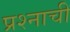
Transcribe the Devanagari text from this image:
प्रश्‍नाची